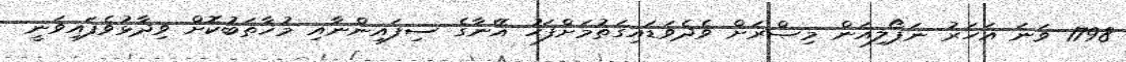
1798 ވަނަ އަހަރު ނަޕޯލިއަން މިޞްރަށް ވެދެވަޑައިގަތުމަށްފަހު އޭނާގެ ސިފައިންނާއި މުޚާތަބުކޮށް ވިދާޅުވެފައިވަނީ